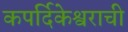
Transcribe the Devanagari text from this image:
कपर्दिकेश्वराची